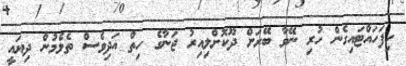
ހިފަހައްޓައިގެން ހުރި ނޭވާ ބޭރަށް ދޫކޮށްލިއިރު ޖަނާގެ ހިތް އަދިވެސް ތެޅެމުން ދިޔައީ